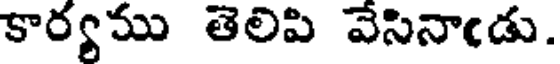
కార్యము తెలిపి వేసినాఁడు.